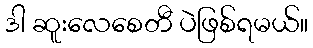
ဒါ ဆူးလေစေတီ ပဲဖြစ်ရမယ်။